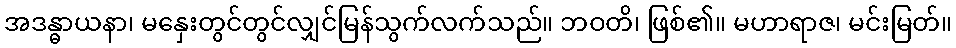
အဒန္ဓာယနာ၊ မနှေးတွင်တွင်လျှင်မြန်သွက်လက်သည်။ ဘဝတိ၊ ဖြစ်၏။ မဟာရာဇ၊ မင်းမြတ်။